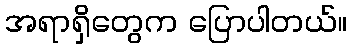
အရာရှိတွေက ပြောပါတယ်။